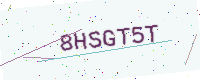
Text: 8HSGT5T